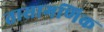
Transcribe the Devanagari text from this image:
तासागणिक